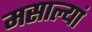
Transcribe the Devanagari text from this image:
मसाल्यां